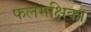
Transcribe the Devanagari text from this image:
फलमक्षिका